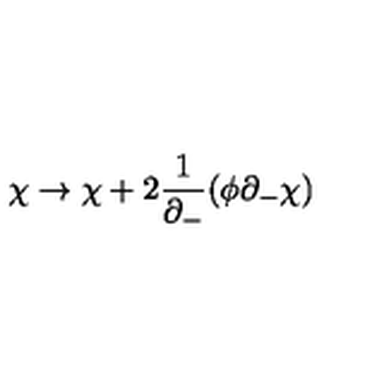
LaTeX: \chi \rightarrow \chi + 2 \frac { 1 } { \partial _ { - } } ( \phi \partial _ { - } \chi )